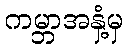
ကမ္ဘာအနှံ့မှ